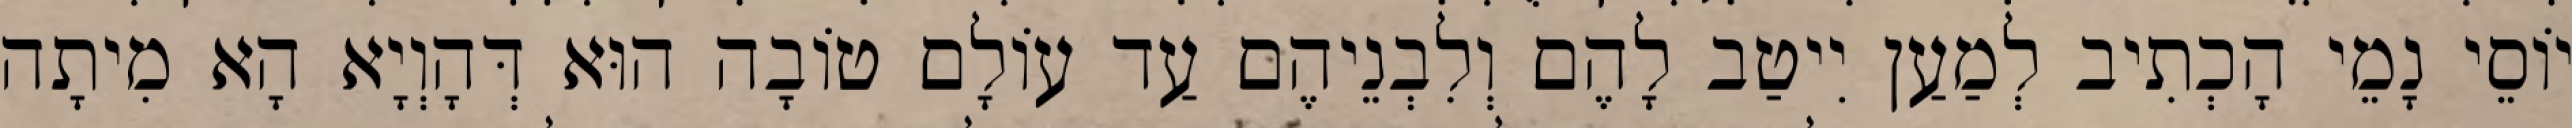
יוֹסֵי נָמֵי הָכְתִיב לְמַעַן יִיטַב לָהֶם וְלִבְנֵיהֶם עַד עוֹלָם טוֹבָה הוּא דְּהָוְיָא הָא מִיתָה